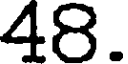
48.